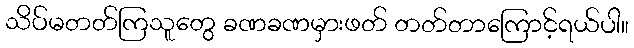
သိပ်မတတ်ကြသူတွေ ခဏခဏမှားဖတ် တတ်တာကြောင့်ရယ်ပါ။